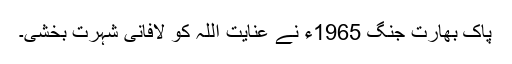
پاک بھارت جنگ 1965ء نے عنایت اللہ کو لافانی شہرت بخشی۔